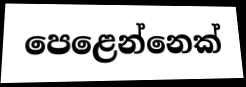
පෙළෙන්නෙක්